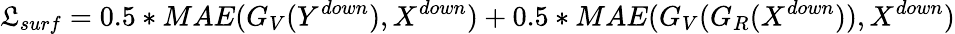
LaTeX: \mathfrak{L}_{surf}=0.5*MAE(G_{V}(Y^{down}),X^{down})+0.5*MAE(G_{V}(G_{R}(X^{down})),X^{down})